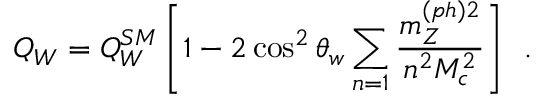
Q _ { W } = Q _ { W } ^ { S M } \left[ 1 - 2 \cos ^ { 2 } \theta _ { w } \sum _ { n = 1 } \frac { m _ { Z } ^ { ( p h ) 2 } } { n ^ { 2 } M _ { c } ^ { 2 } } \right] \, \, \, .